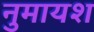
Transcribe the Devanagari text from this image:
नुमायश